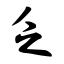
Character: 乏